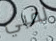
لقبي